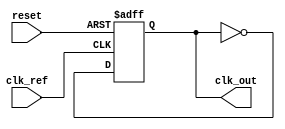
module MemoryBlocksAnalogPLL (
    input wire clk_ref,         // Reference clock input
    input wire reset,          // Asynchronous reset
    output reg clk_out         // Output clock
);

// Parameters
parameter PHASE_WIDTH = 8;   // Width of phase information
parameter MEMORY_DEPTH = 16;  // Depth of memory blocks

// Internal signals
reg [PHASE_WIDTH-1:0] phase_error; // Phase error signal
reg [PHASE_WIDTH-1:0] control_voltage; // Control voltage for VCO
reg [PHASE_WIDTH-1:0] vco_output; // VCO output signal
reg [PHASE_WIDTH-1:0] memory [0:MEMORY_DEPTH-1]; // Memory blocks for phase information
integer mem_index; // Memory index for storing phase information

// Phase Detector
always @(posedge clk_ref or posedge reset) begin
    if (reset) begin
        phase_error <= 0;
    end else begin
        // Simple phase detector logic (example)
        phase_error <= (vco_output > clk_ref) ? (vco_output - clk_ref) : (clk_ref - vco_output);
    end
end

// Loop Filter (Simple first-order filter)
always @(posedge clk_ref or posedge reset) begin
    if (reset) begin
        control_voltage <= 0;
    end else begin
        control_voltage <= control_voltage + (phase_error >> 1); // Simple integration
    end
end

// Voltage-Controlled Oscillator (VCO)
always @(posedge clk_ref or posedge reset) begin
    if (reset) begin
        vco_output <= 0;
        clk_out <= 0;
    end else begin
        // Simple VCO logic (example)
        vco_output <= control_voltage; // Control frequency based on voltage
        clk_out <= ~clk_out; // Toggle output clock
    end
end

// Memory Blocks to store phase information
always @(posedge clk_ref or posedge reset) begin
    if (reset) begin
        for (mem_index = 0; mem_index < MEMORY_DEPTH; mem_index = mem_index + 1) begin
            memory[mem_index] <= 0;
        end
    end else begin
        // Store phase error in memory (example)
        memory[mem_index] <= phase_error;
        mem_index <= (mem_index + 1) % MEMORY_DEPTH; // Circular buffer
    end
end

endmodule